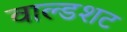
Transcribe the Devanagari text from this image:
वाल्डशट